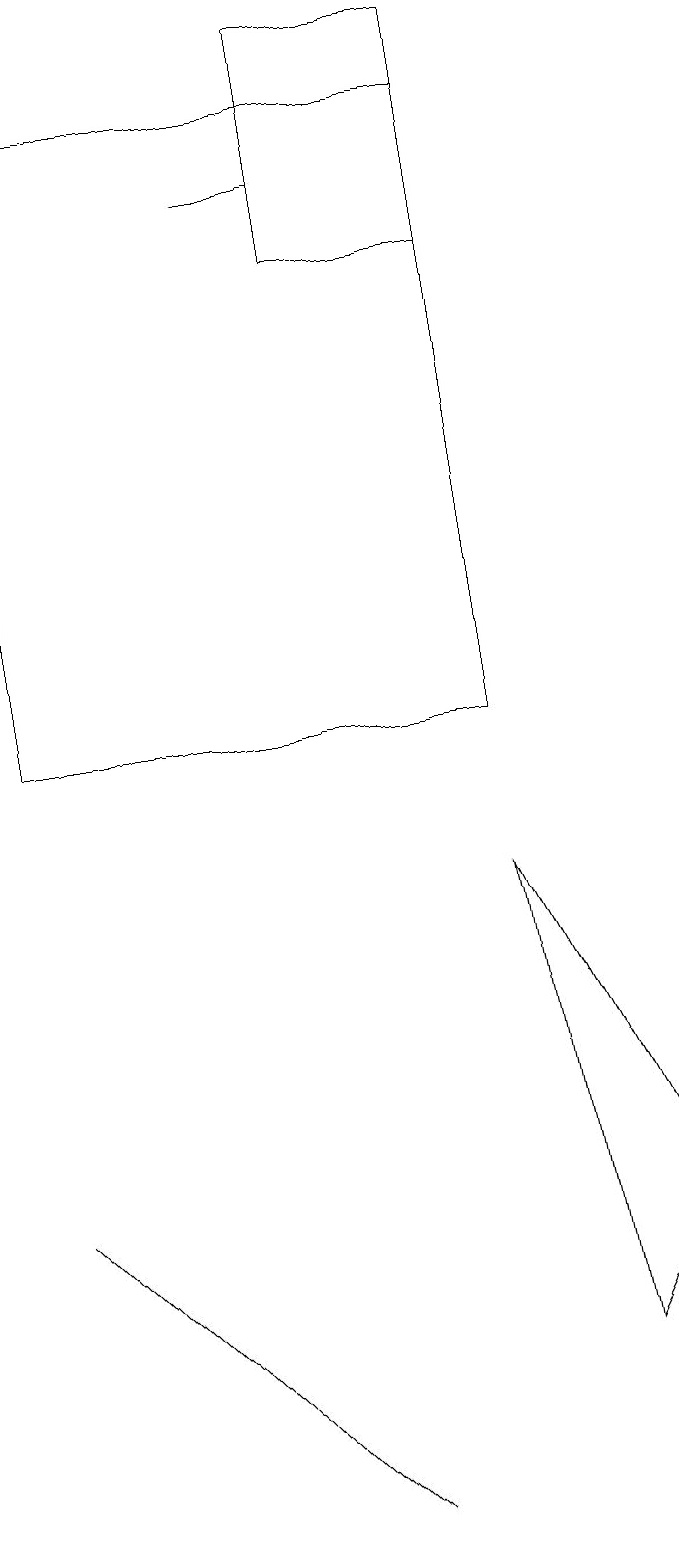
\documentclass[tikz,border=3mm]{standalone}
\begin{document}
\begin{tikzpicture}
\draw (9,4) -- (8,2) -- (7,8) -- cycle;
\draw (5,17) rectangle (4,17);
\draw (7,16) rectangle (5,19);
\draw (3,2) -- (1,4) -- (5,0) -- cycle;
\draw (7,10) rectangle (1,18);
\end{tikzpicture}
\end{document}